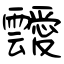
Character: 靉